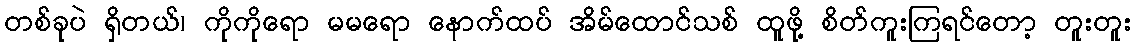
တစ်ခုပဲ ရှိတယ်၊ ကိုကိုရော မမရော နောက်ထပ် အိမ်ထောင်သစ် ထူဖို့ စိတ်ကူးကြရင်တော့ တူးတူး